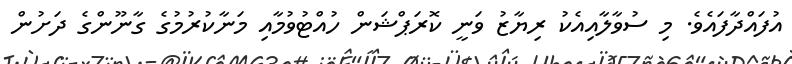
އުފައްދާފައެވެ. މި ސުވާލާއިއެކު ރިޔާޒު ވަނީ ކޮރަޕްޝަން ހުއްޓުވުމާއި މަނާކުރުމުގެ ގާނޫންގެ ދަށުން